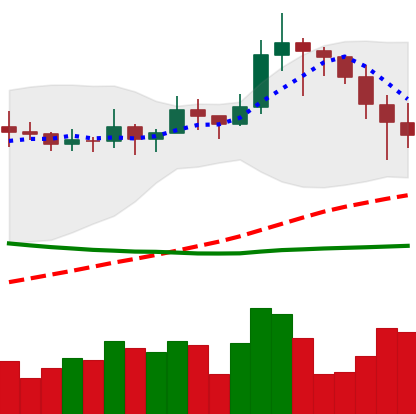
Ticker: LINK-USD
Chart end date: 2019-11-20
Forward return: -15.995%
Label: down_7plus